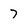
Character: 7